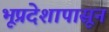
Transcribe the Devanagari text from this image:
भूप्रदेशापासून